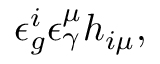
\epsilon _ { g } ^ { i } \epsilon _ { \gamma } ^ { \mu } h _ { i \mu } ,